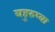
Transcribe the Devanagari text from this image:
बहुरुप्या